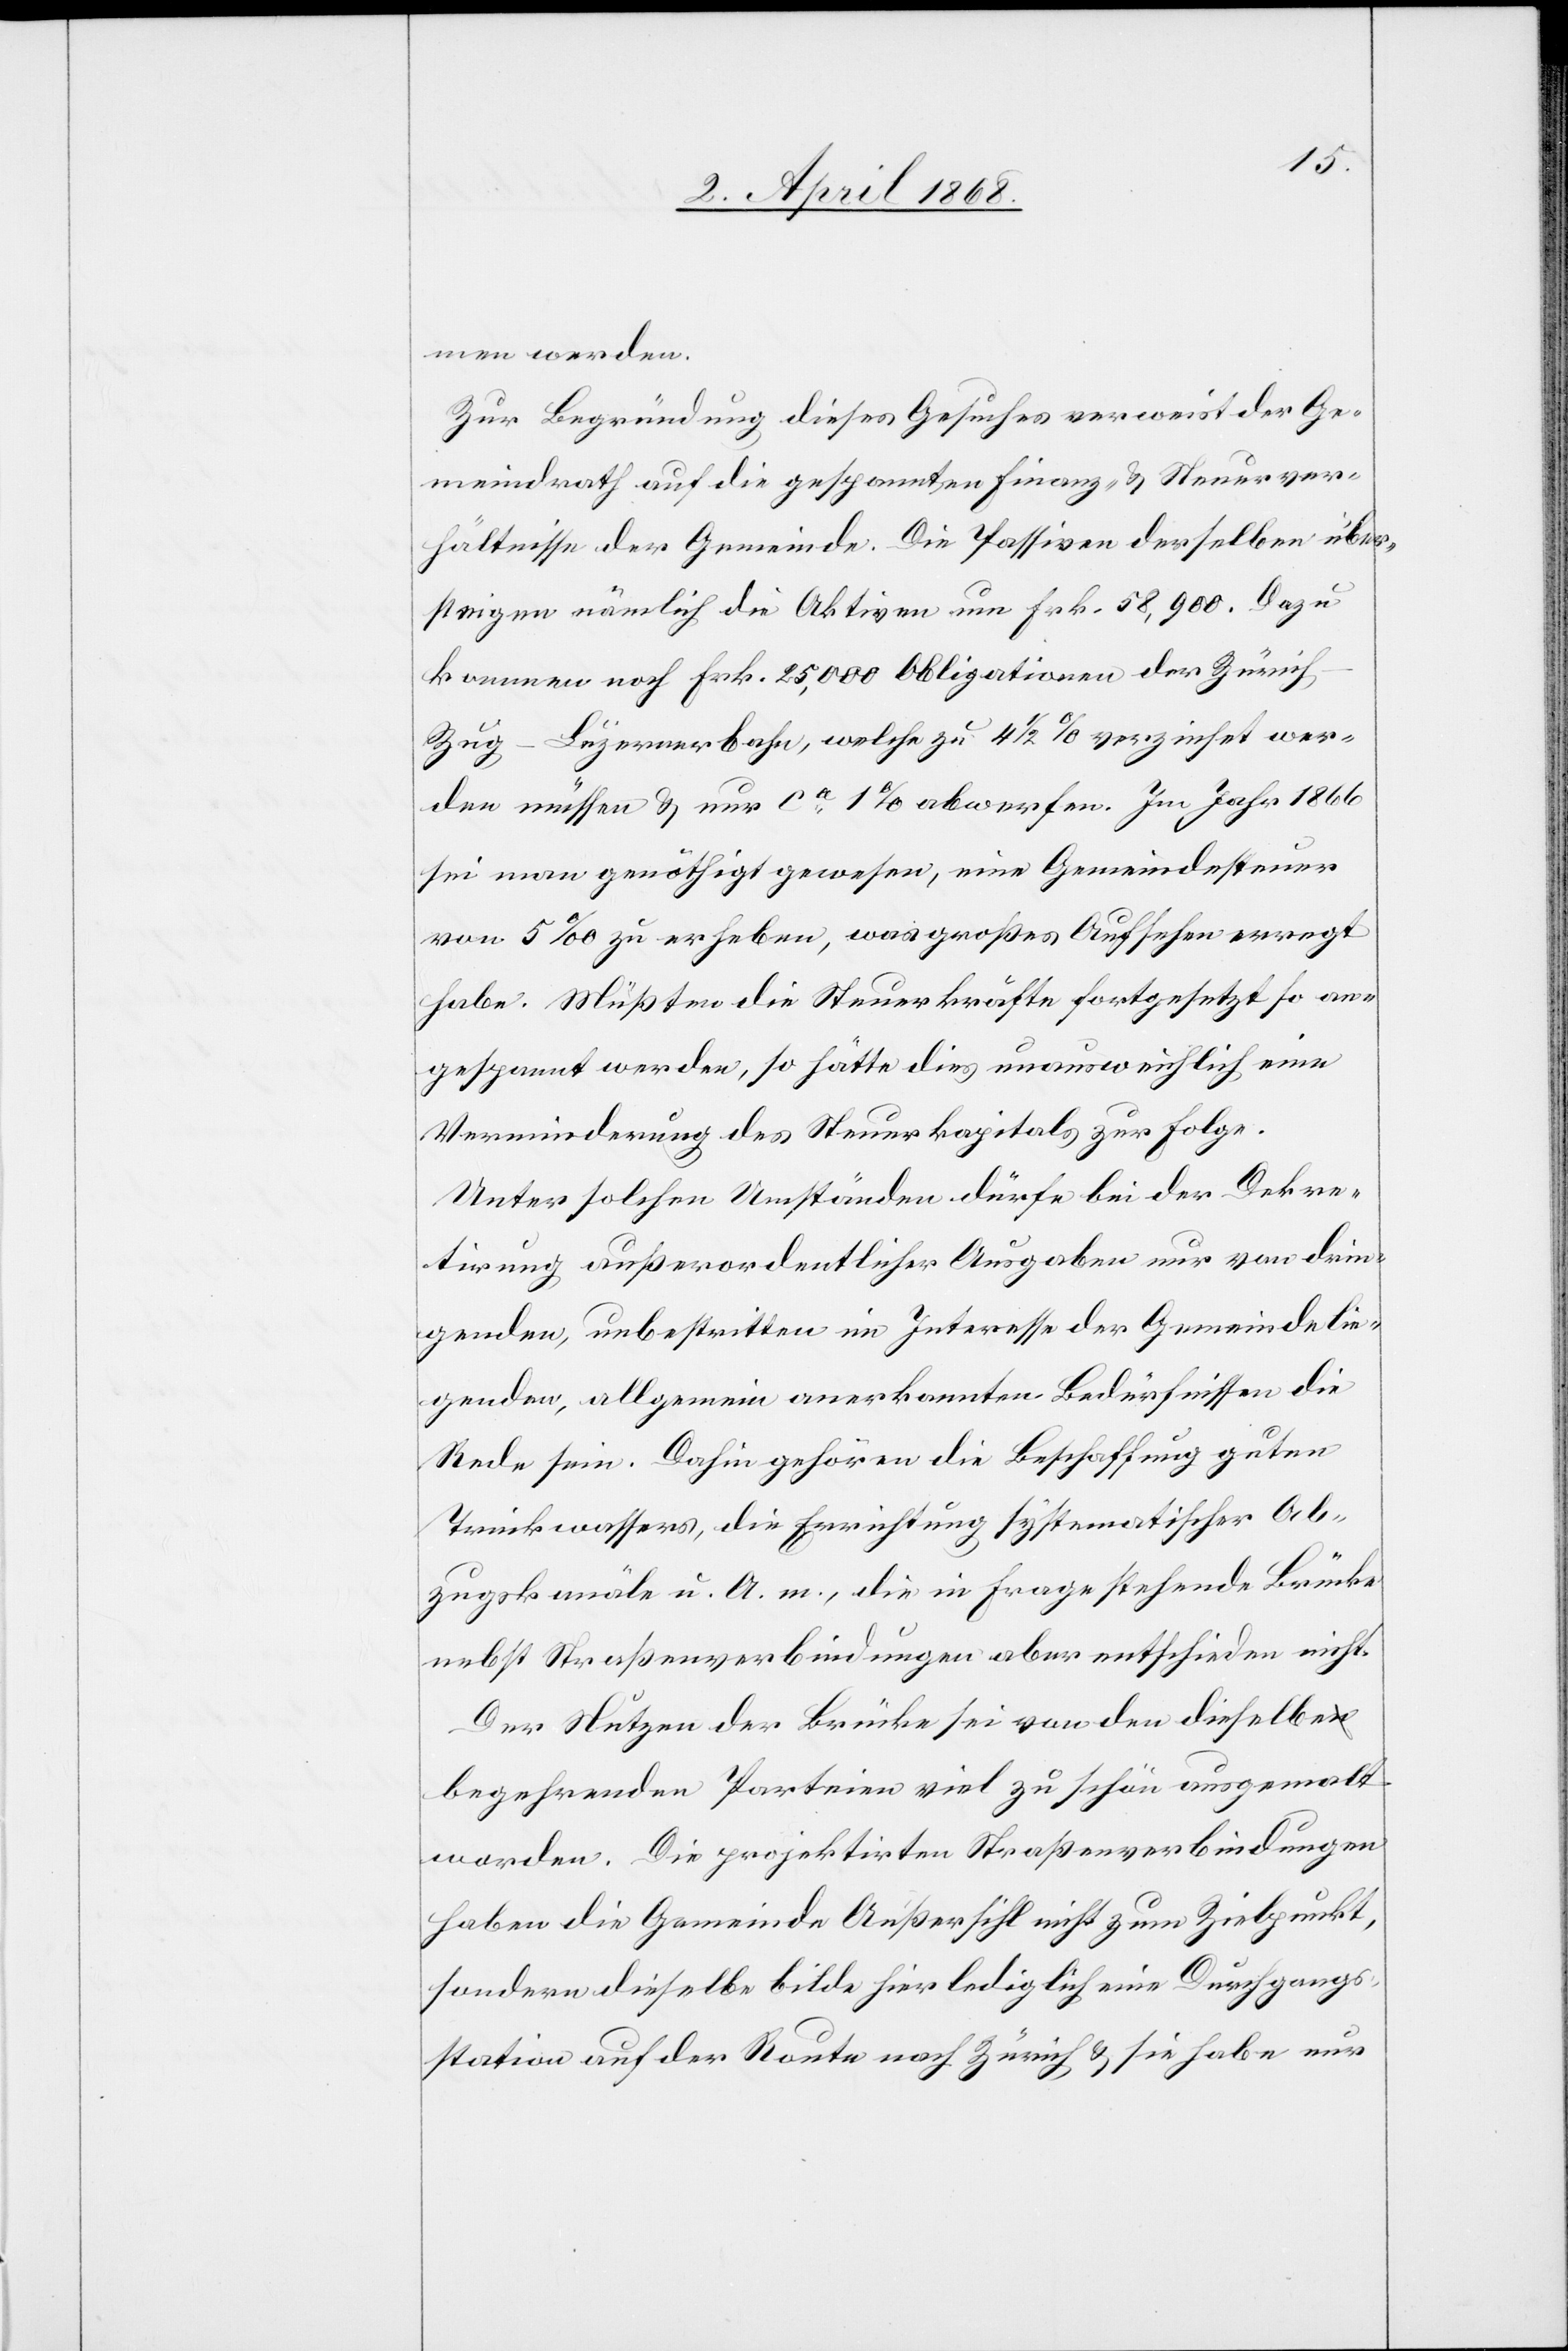
men werden.
Zur Begründung dieses Gesuches verweist der Ge¬
meindrath auf die gespannten Finanz- & Steuerver¬
hältnisse der Gemeinde. Die Passiven derselben über¬
steigen nämlich die Aktiven um Frk. 58,900. Dazu
kommen noch Frk. 25,000 Obligationen der Züric¬
h-Zug-Luzernerbahn, welche zu 4 1/2 % verzinset wer¬
den müssen & nur ca. 1% abwerfen. Im Jahr 1866
sei man genöthigt gewesen, eine Gemeindesteuer
von 5‰ zu erheben, was großes Aufsehen erregt
habe. Müßten die Steuerkräfte fortgesetzt so an¬
gespannt werden, so hätte dies unausweichlich eine
Verminderung des Steuerkapitals zur Folge.
Unter solchen Umständen dürfe bei der Dekre¬
tirung außerordentlicher Ausgaben nur von drin¬
genden, unbestritten im Interesse der Gemeinde lie¬
genden, allgemein anerkannten Bedürfnissen die
Rede sein. Dahin gehören die Beschaffung guten
Trinkwassers, die Errichtung systematischer Ab¬
zugskanäle u. A. m., die in Frage stehende Brücke
nebst Straßenverbindungen aber entschieden nicht.
Der Nutzen der Brücke sei von den dieselbe
begehrenden Parteien viel zu schön ausgemalt
worden. Die projektirten Straßenverbindungen
haben die Gemeinde Außersihl nicht zum Zielpunkt,
sondern dieselbe bilde hier lediglich eine Durchgangs¬
station auf der Route nach Zürich & sie habe nur